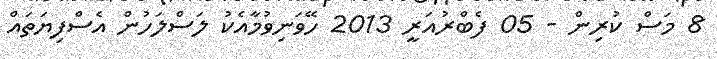
8 މަސް ކުރިން - 05 ފެބްރުއަރީ 2013 ހޭވަނިވުމާއެކު ލަސްލަހުން އެސްފިޔަތައް